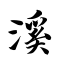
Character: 溪